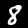
Label: 8